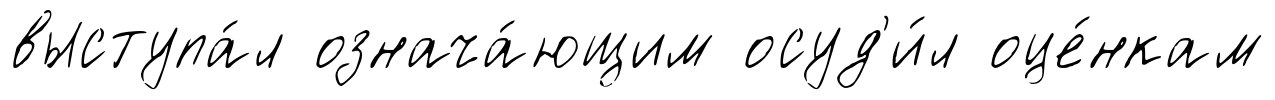
выступа́л означа́ющим осуд'и́л оце́нкам